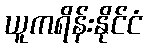
ယူကရိန်းနိုင်ငံ